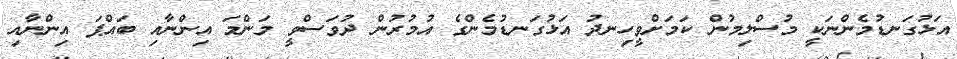
އަޅުގަނޑުމެންނަކީ މުސްލިމުން ކަމަށްވީހިނދު އަޅުގަނޑުމެންގެ އުމުރުން ދުވަސްވީ މަންމަ އިންނާއި ބައްޕަ އިންނާއި